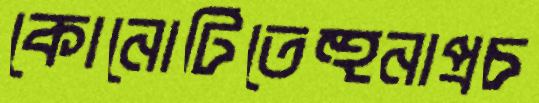
কোনোটিতেহুনাপ্রচ